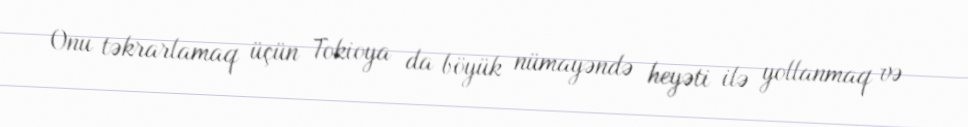
Onu təkrarlamaq üçün Tokioya da böyük nümayəndə heyəti ilə yollanmaq və